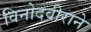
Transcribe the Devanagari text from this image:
विनोदवीराने